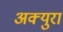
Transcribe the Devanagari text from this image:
अक्युरा